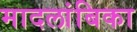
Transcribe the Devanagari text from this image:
मादलांबिका